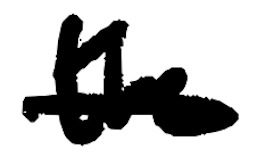
Text: the
Cross-out: single-line
Writing tool: digital_black